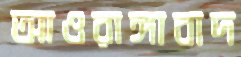
আওরাঙ্গাবাদ